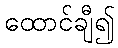
ထောင်ချီ၍